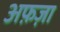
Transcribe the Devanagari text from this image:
अफ़ज़ा